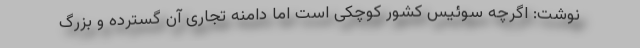
نوشت: اگرچه سوئیس کشور کوچکی است اما دامنه تجاری آن گسترده و بزرگ